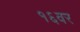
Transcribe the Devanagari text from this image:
१६वर